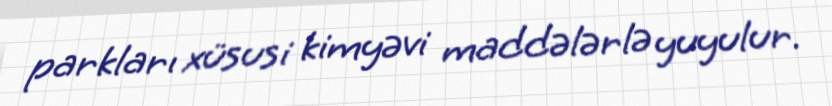
parkları xüsusi kimyəvi maddələrlə yuyulur.